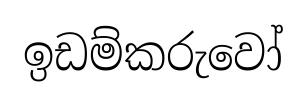
ඉඩම්කරුවෝ